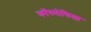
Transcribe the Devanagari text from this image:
कॉस्मोफिल्ला